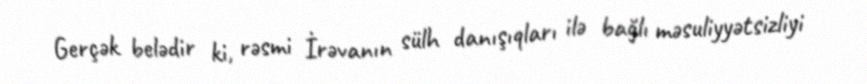
Gerçək belədir ki, rəsmi İrəvanın sülh danışıqları ilə bağlı məsuliyyətsizliyi